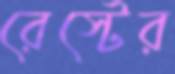
রেস্টের